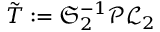
\Tilde { T } : = \mathfrak { S } _ { 2 } ^ { - 1 } \mathcal { P } \mathcal { L } _ { 2 }